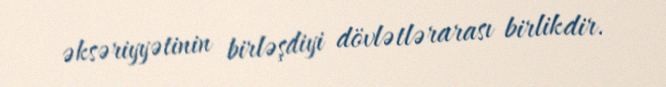
əksəriyyətinin birləşdiyi dövlətlərarası birlikdir.